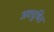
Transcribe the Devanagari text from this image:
अवचूषित